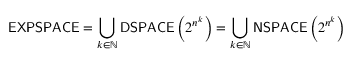
{ \mathsf { E X P S P A C E } } = \bigcup _ { k \in \mathbb { N } } { \mathsf { D S P A C E } } \left( 2 ^ { n ^ { k } } \right) = \bigcup _ { k \in \mathbb { N } } { \mathsf { N S P A C E } } \left( 2 ^ { n ^ { k } } \right)